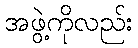
အဖွဲ့ကိုလည်း